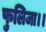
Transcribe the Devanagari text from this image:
फुलिजा।।